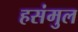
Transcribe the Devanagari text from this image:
हसंमुल